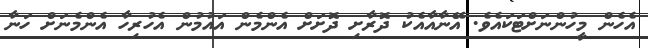
އެހެން މީހުންނަށްޓަކައެވެ. އޭނާއާއެކު ދޮރާށި ދޮށަށް އެންމެން އައުމުން އެހުރިހާ އެންމެނަށް ހަނާ